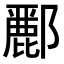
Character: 𮠑